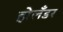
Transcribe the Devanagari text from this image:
होलँडर